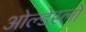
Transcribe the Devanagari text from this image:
ओल्डेस्लो